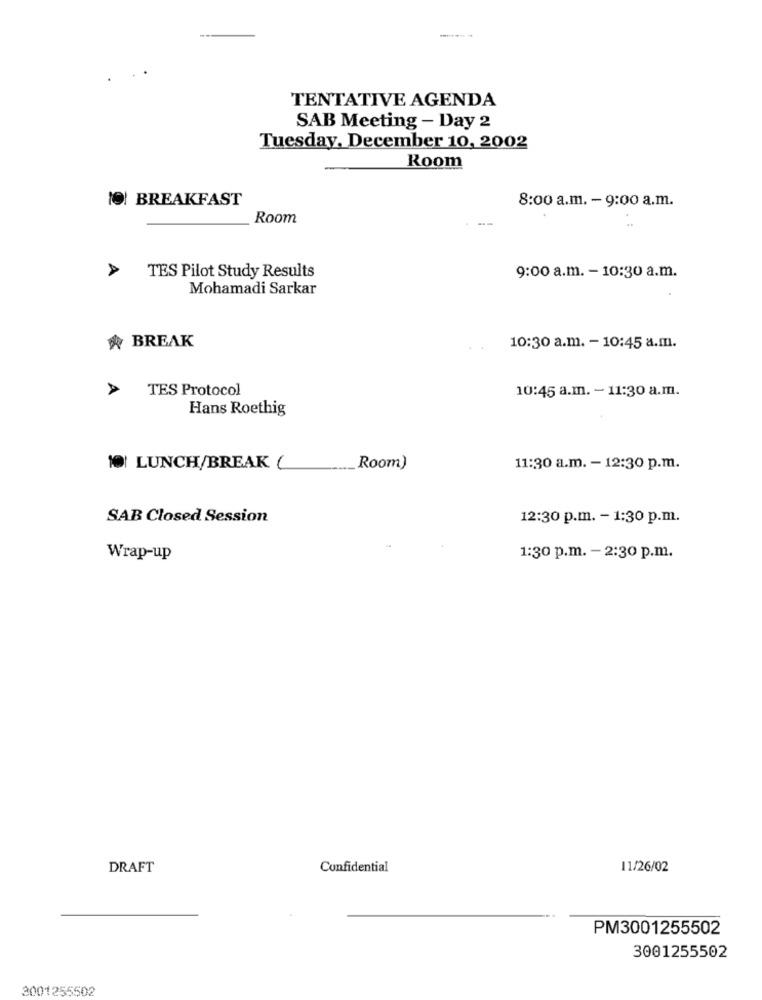
TENTATIVE AGENDA
SAB Meeting - Day 2
Tuesday, December 10, 2002
Room
10! BREAKFAST
8:00 a.m. - 9:00 a.m.
Room
--
TES Pilot Study Results
9:00 a.m. - 10:30 a.m.
Mohamadi Sarkar
BREAK
10:30 a.m. - 10:45 a.m.
TES Protocol
10:45 a.m. - 11:30 a.m.
Hans Roethig
10 LUNCH/BREAK (
Room)
11:30 a.m. - 12:30 p.m.
SAB Closed Session
12:30 p.m. - 1:30 p.m.
Wrap-up
1:30 p.m. - 2:30 p.m.
DRAFT
Confidential
11/26/02
PM3001255502
3001255502
3001255502